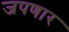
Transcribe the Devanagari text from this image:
जपणार